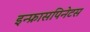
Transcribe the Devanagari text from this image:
इन्फ्रासपिनेटस